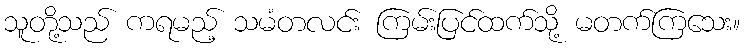
သူတို့သည် ကရမည့် သမံတလင်း ကြမ်းပြင်ထက်သို့ မတက်ကြသေး။